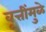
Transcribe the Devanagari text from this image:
वृत्तींमुळे